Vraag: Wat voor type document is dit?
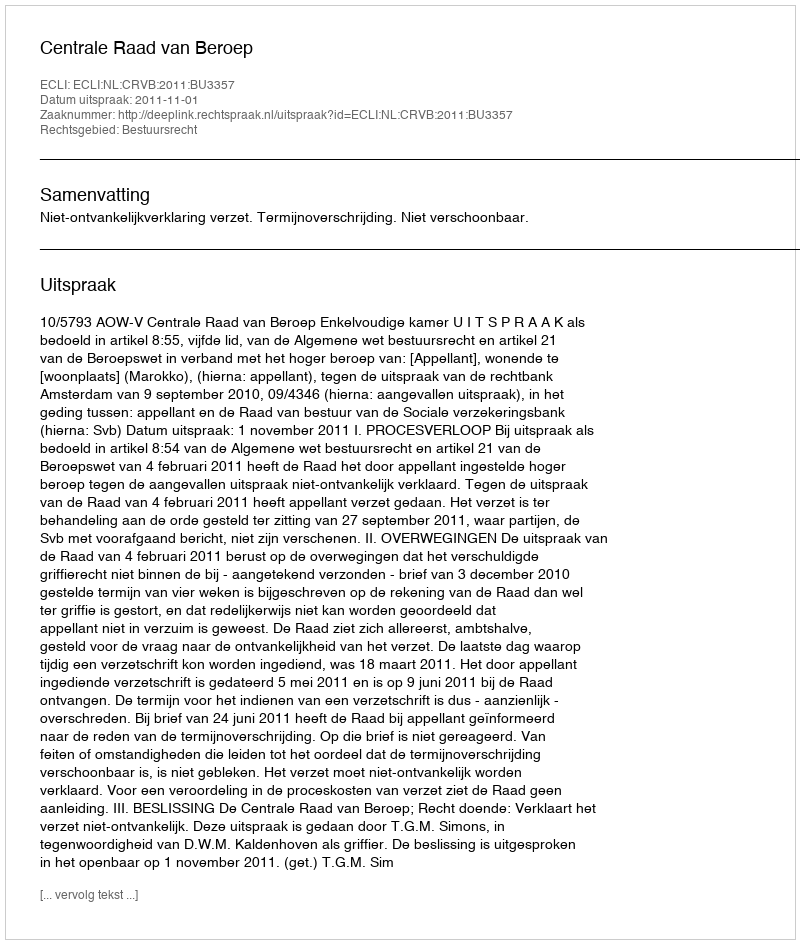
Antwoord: Uitspraak